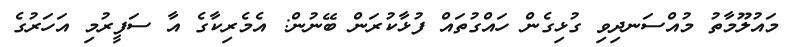
މައުލޫމާތު މުއްސަނދިވި ގުޅިގެން ހައްގުތައް ފުޅާކުރަން ބޭނުން: އެމެރިކާގެ އާ ސަފީރުމި އަހަރުގެ